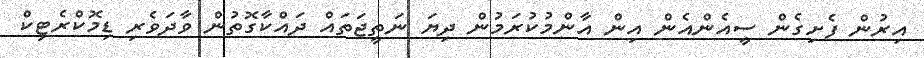
އިރުން ފެށިގެން ސީއެންއެން އިން އާންމުކުރަމުން ދިޔަ ނަތީޖަތައް ދައްކާގޮތުން ވާދަވެރި ޑިމޮކްރެޓިކް